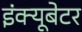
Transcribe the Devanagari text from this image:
इंक्यूबेटर